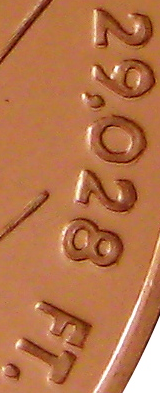
29,028 FT.